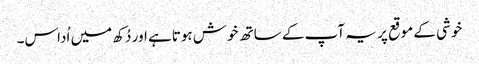
خوشی کے موقع پر یہ آپ کے ساتھ خوش ہوتاہے اور دُکھ میں اُداس۔